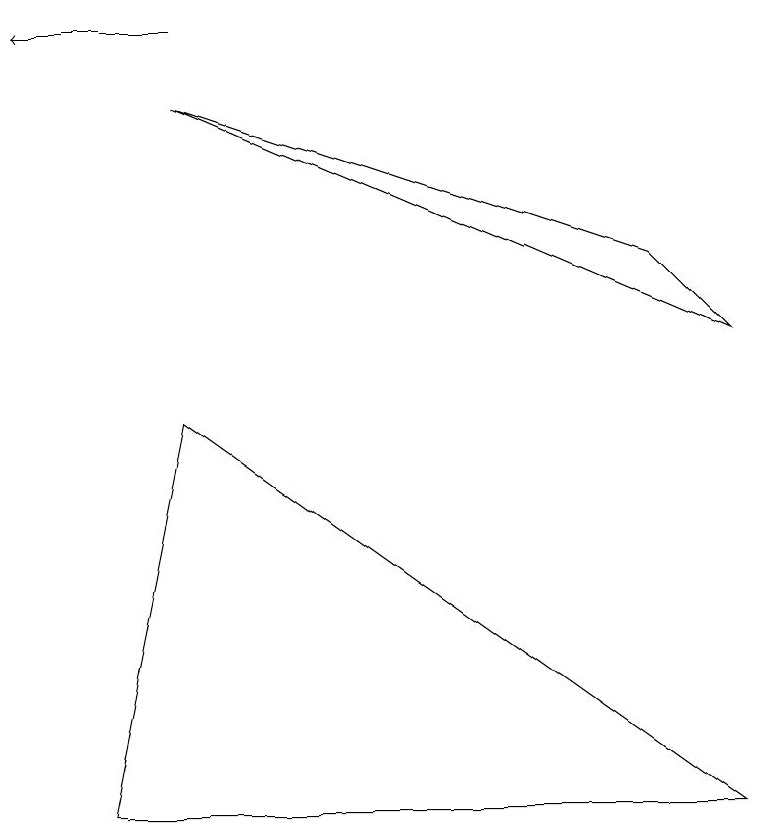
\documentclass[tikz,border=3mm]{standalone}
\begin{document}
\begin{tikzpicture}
\draw[->] (2,10) -- (0,10);
\draw (2,5) -- (1,0) -- (9,0) -- cycle;
\draw (2,9) -- (8,7) -- (9,6) -- cycle;
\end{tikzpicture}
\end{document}